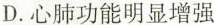
D.心肺功能明显增强